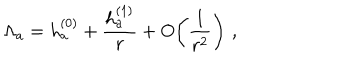
LaTeX: \Lambda _ { a } = h _ { a } ^ { ( 0 ) } + { \frac { h _ { a } ^ { ( 1 ) } } { r } } + O \! \left( { \frac { 1 } { r ^ { 2 } } } \right) \, ,